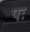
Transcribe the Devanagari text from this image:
पः